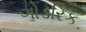
ગોડરિક